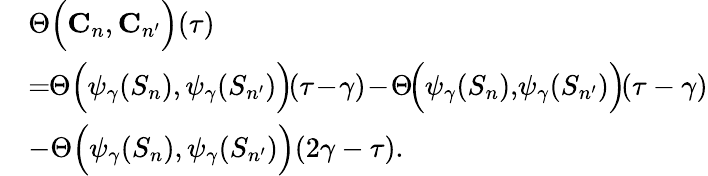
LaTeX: \begin{array}{rl}&{\Theta\Big(\mathbf{C}_{n},\mathbf{C}_{n^{\prime}}\Big)(\tau)}\\ &{=\! \! \Theta\Big(\psi_{\gamma}(S_{n}),\psi_{\gamma}(S_{n^{\prime}})\Big)\! (\tau\! -\! \gamma)\! -\! \Theta\! \Big(\psi_{\gamma}(S_{n}),\! \psi_{\gamma}(S_{n^{\prime}})\Big)\! (\tau-\gamma)}\\ &{-\Theta\Big(\psi_{\gamma}(S_{n}),\psi_{\gamma}(S_{n^{\prime}})\Big)(2\gamma-\tau).}\end{array}